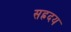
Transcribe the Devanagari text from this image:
सह्रदय